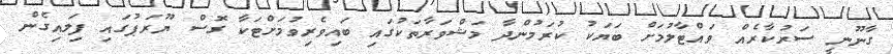
ގާނޫނީ ސަރުކާރެއް ވައްޓާލުމަށް ބަޔަކު ކުރަމުންދާ މަޝްވަރާތަކުގައި ބައިވެރިވުމަށްޓަކާ ގޮސް ޔޫރަޕުގައި ފިލައިގެން